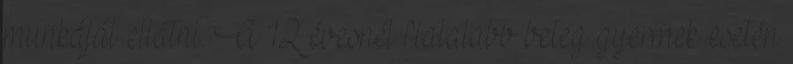
munkáját ellátni. A 12 évesnél fiatalabb beteg gyermek esetén